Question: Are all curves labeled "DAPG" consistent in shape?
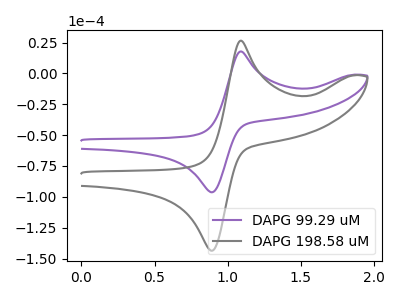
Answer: <think>The purple curve "DAPG 99.29 uM" has an anodic peak at (1.10V, 17.75uA) and a cathodic peak at (0.90V, -96.25uA). The gray curve "DAPG 198.58 uM" has an anodic peak at (1.10V, 26.50uA) and a cathodic peak at (0.90V, -143.55uA).
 All the peaks in "DAPG 99.29 uM" have a peak in "DAPG 198.58 uM" at the same potential. Every peak in "DAPG 99.29 uM" is lower than every peak in "DAPG 198.58 uM".</think>
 <answer>All the CV's of "DAPG" have similar shape.</answer>
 <eval>follow_rule</eval>